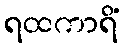
ရထကာရိံ